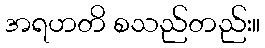
အရဟတိ စသည်တည်း။